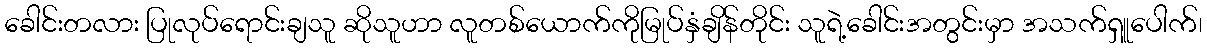
ခေါင်းတလား ပြုလုပ်ရောင်းချသူ ဆိုသူဟာ လူတစ်ယောက်ကိုမြုပ်နှံချိန်တိုင်း သူရဲ့ခေါင်းအတွင်းမှာ အသက်ရှူပေါက်၊